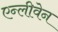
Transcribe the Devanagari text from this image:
एन्लीवेन